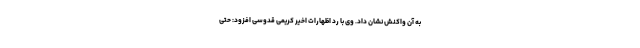
به آن واکنش نشان داد. وی با رد اظهارات اخیر کریمی قدوسی افزود: حتی